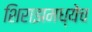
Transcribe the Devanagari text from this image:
शिराझमध्येच